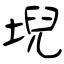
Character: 堄